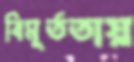
বিমূর্ততায়